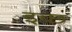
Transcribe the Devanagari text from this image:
इच्छ